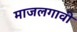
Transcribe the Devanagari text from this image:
माजलगावी